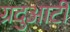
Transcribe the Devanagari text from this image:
ग्रदुआटीं